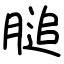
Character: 膇